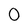
Character: 0